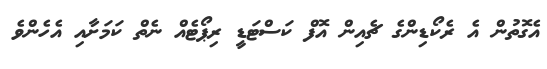
އެގޮތުން އެ ރެކޯޑިންގެ ޗެއިން އޮފް ކަސްޓަޑީ ރިޕޯޓެއް ނެތް ކަމަށާއި އެހެންވެ